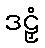
ဒဠှံ